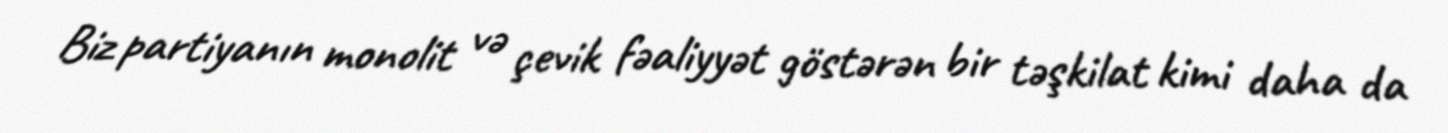
Biz partiyanın monolit və çevik fəaliyyət göstərən bir təşkilat kimi daha da